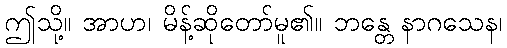
ဤသို့။ အာဟ၊ မိန့်ဆိုတော်မူ၏။ ဘန္တေ နာဂသေန၊